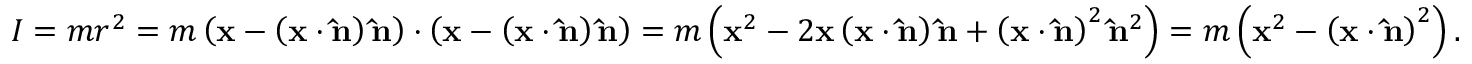
I = m r ^ { 2 } = m \left( \mathbf { x } - \left( \mathbf { x } \cdot \mathbf { \hat { n } } \right) \mathbf { \hat { n } } \right) \cdot \left( \mathbf { x } - \left( \mathbf { x } \cdot \mathbf { \hat { n } } \right) \mathbf { \hat { n } } \right) = m \left( \mathbf { x } ^ { 2 } - 2 \mathbf { x } \left( \mathbf { x } \cdot \mathbf { \hat { n } } \right) \mathbf { \hat { n } } + \left( \mathbf { x } \cdot \mathbf { \hat { n } } \right) ^ { 2 } \mathbf { \hat { n } } ^ { 2 } \right) = m \left( \mathbf { x } ^ { 2 } - \left( \mathbf { x } \cdot \mathbf { \hat { n } } \right) ^ { 2 } \right) .